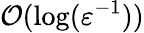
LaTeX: \mathcal{O}(\log(\varepsilon^{-1}))